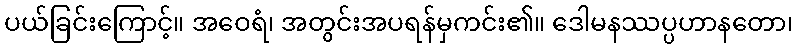
ပယ်ခြင်းကြောင့်။ အဝေရံ၊ အတွင်းအပရန်မှကင်း၏။ ဒေါမနဿပ္ပဟာနတော၊